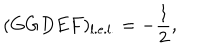
( G G D E F ) _ { \mathrm { l . e . l . } } = - \frac { 1 } { 2 } ,